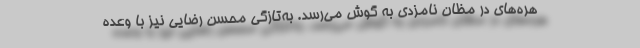
هره‌های در مظان نامزدی به گوش می‌رسد. به‌تازگی محسن رضایی نیز با وعده‌